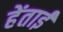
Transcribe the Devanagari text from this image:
हेंताई